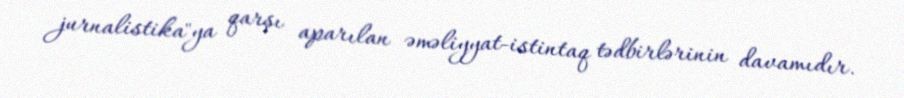
jurnalistika"ya qarşı aparılan əməliyyat-istintaq tədbirlərinin davamıdır.